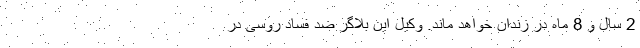
2 سال و 8 ماه در زندان خواهد ماند. وکیل این بلاگر ضد فساد روسی در